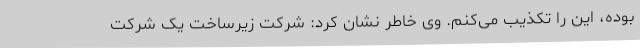
بوده، این را تکذیب می‌کنم. وی خاطر نشان کرد: شرکت زیرساخت یک شرکت